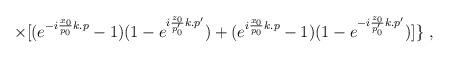
LaTeX: \begin{align*}\times [(e^{-i\frac{x_0}{p_0}k.p}-1)(1-e^{i\frac{z_0}{p_0'}k.p'})+(e^{i\frac{x_0}{p_0}k.p}-1)(1-e^{-i\frac{z_0}{p_0'}k.p'})]\}\,\,,\end{align*}